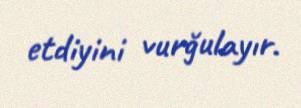
etdiyini vurğulayır.